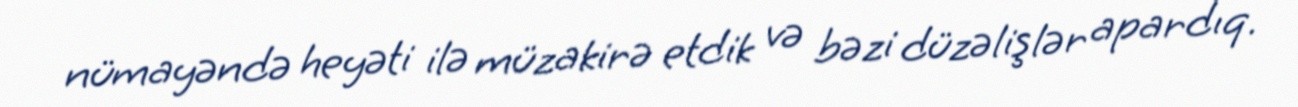
nümayəndə heyəti ilə müzakirə etdik və bəzi düzəlişlər apardıq.